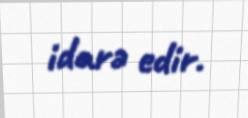
idarə edir.